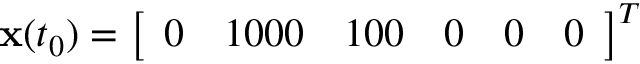
\mathbf { x } ( t _ { 0 } ) = \left[ \begin{array} { l l l l l l } { 0 } & { 1 0 0 0 } & { 1 0 0 } & { 0 } & { 0 } & { 0 } \end{array} \right] ^ { T }